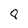
Character: 8